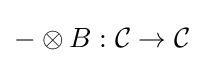
-\otimes B:{\mathcal {C}}\to {\mathcal {C}}